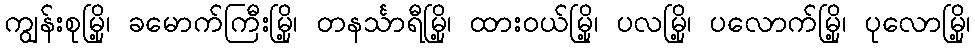
ကျွန်းစုမြို့၊ ခမောက်ကြီးမြို့၊ တနင်္သာရီမြို့၊ ထားဝယ်မြို့၊ ပလမြို့၊ ပလောက်မြို့၊ ပုလောမြို့၊